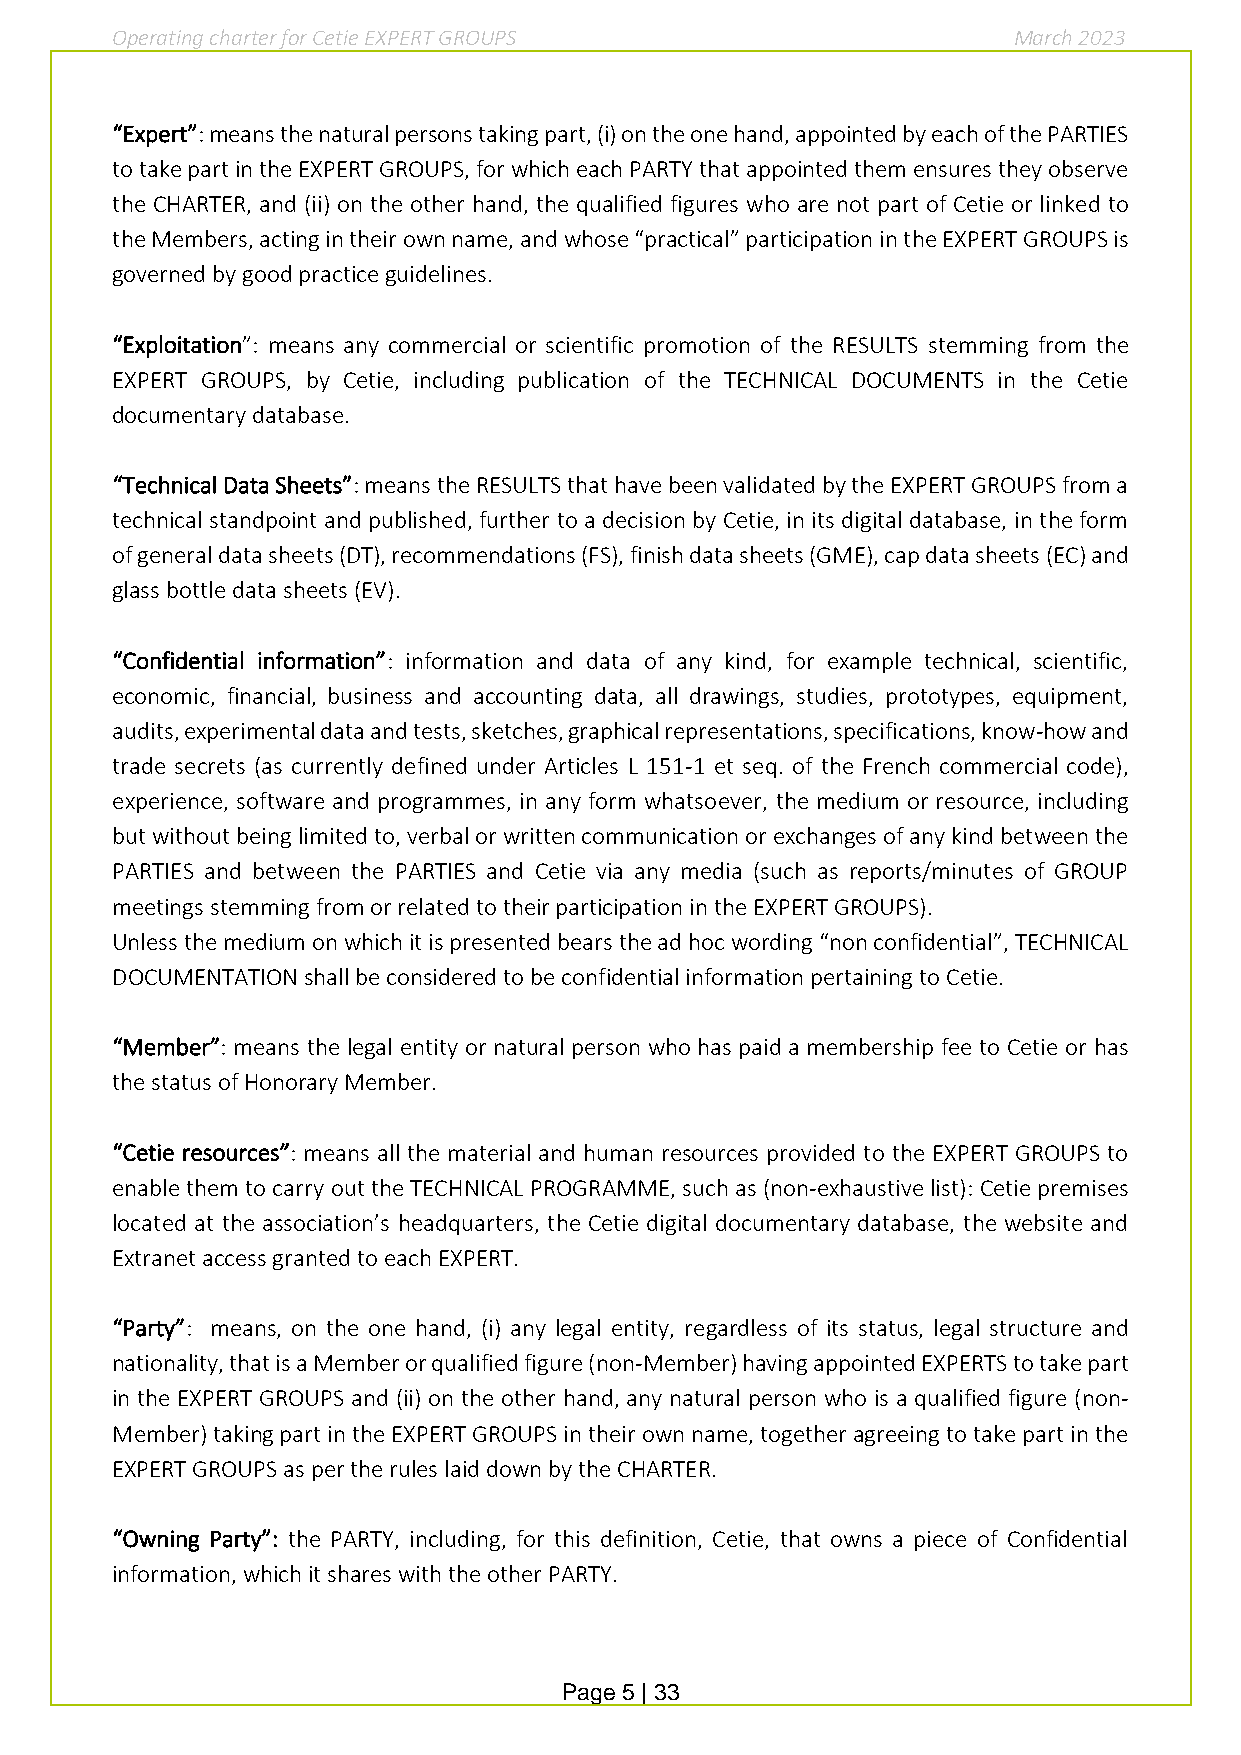
Operating charter for Cetie EXPERT GROUPS                   March 2023
 “Expert”: means the natural persons taking part, (i) on the one hand, appointed by each of the PARTIES
 to take part in the EXPERT GROUPS, for which each PARTY that appointed them ensures they observe
 the CHARTER, and (ii) on the other hand, the qualified figures who are not part of Cetie or linked to
 the Members, acting in their own name, and whose “practical” participation in the EXPERT GROUPS is
 governed by good practice guidelines.
 “Exploitation”: means any commercial or scientific promotion of the RESULTS stemming from the
 EXPERT GROUPS, by Cetie, including publication of the TECHNICAL DOCUMENTS in the Cetie
 documentary database.
 “Technical Data Sheets”: means the RESULTS that have been validated by the EXPERT GROUPS from a
 technical standpoint and published, further to a decision by Cetie, in its digital database, in the form
 of general data sheets (DT), recommendations (FS), finish data sheets (GME), cap data sheets (EC) and
 glass bottle data sheets (EV).
 “Confidential information”: information and data of any kind, for example technical, scientific,
 economic, financial, business and accounting data, all drawings, studies, prototypes, equipment,
 audits, experimental data and tests, sketches, graphical representations, specifications, know-how and
 trade secrets (as currently defined under Articles L 151-1 et seq. of the French commercial code),
 experience, software and programmes, in any form whatsoever, the medium or resource, including
 but without being limited to, verbal or written communication or exchanges of any kind between the
 PARTIES and between the PARTIES and Cetie via any media (such as reports/minutes of GROUP
 meetings stemming from or related to their participation in the EXPERT GROUPS).
 Unless the medium on which it is presented bears the ad hoc wording “non confidential”, TECHNICAL
 DOCUMENTATION shall be considered to be confidential information pertaining to Cetie.
 “Member”: means the legal entity or natural person who has paid a membership fee to Cetie or has
 the status of Honorary Member.
 “Cetie resources”: means all the material and human resources provided to the EXPERT GROUPS to
 enable them to carry out the TECHNICAL PROGRAMME, such as (non-exhaustive list): Cetie premises
 located at the association’s headquarters, the Cetie digital documentary database, the website and
 Extranet access granted to each EXPERT.
 “Party”: means, on the one hand, (i) any legal entity, regardless of its status, legal structure and
 nationality, that is a Member or qualified figure (non-Member) having appointed EXPERTS to take part
 in the EXPERT GROUPS and (ii) on the other hand, any natural person who is a qualified figure (non-
 Member) taking part in the EXPERT GROUPS in their own name, together agreeing to take part in the
 EXPERT GROUPS as per the rules laid down by the CHARTER.
 “Owning Party”: the PARTY, including, for this definition, Cetie, that owns a piece of Confidential
 information, which it shares with the other PARTY.
 Page 5 | 33